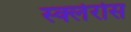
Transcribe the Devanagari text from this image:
स्क्लेरोस